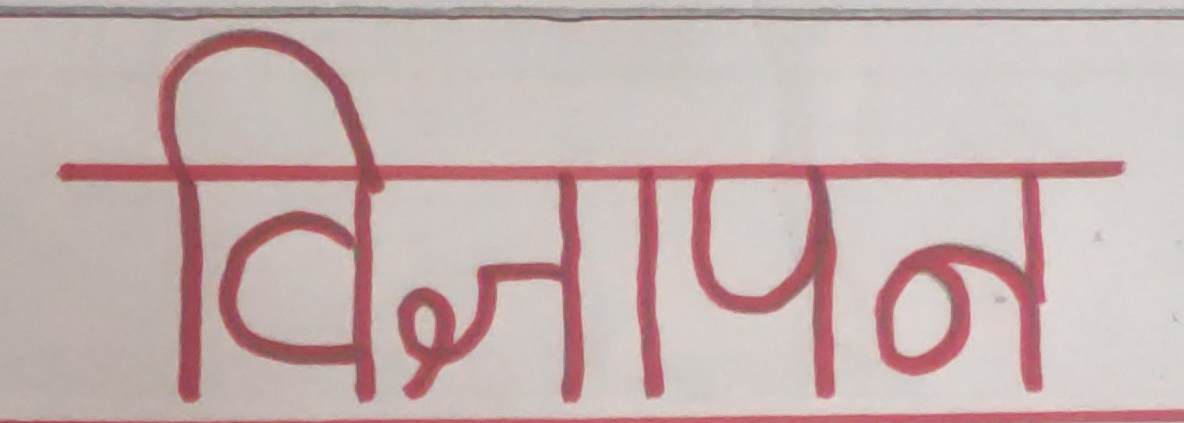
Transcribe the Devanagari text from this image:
विज्ञापन